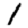
Digit: 1